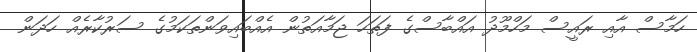
ހަމާސް އާއި ރައީސް މަހްމޫދު އައްބާސްގެ ފަތަހަ ޖަމާއަތުން އެއްބައިވަންތަކަމުގެ ސަރުކާރެއް ހަދަން